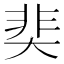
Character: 奜